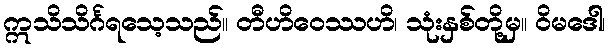
ဣသိသိင်္ဂရသေ့သည်။ တီဟိဝေဿဟိ၊ သုံးနှစ်တို့မှ။ ဝိမဒေါ၊